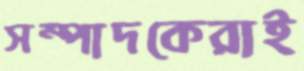
সম্পাদকেরাই